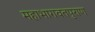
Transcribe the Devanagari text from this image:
महाभागवतपुराण